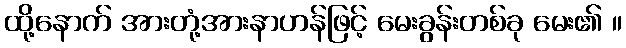
ထို့နောက် အားတုံ့အားနာဟန်ဖြင့် မေးခွန်းတစ်ခု မေး၏ ။